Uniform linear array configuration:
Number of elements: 32
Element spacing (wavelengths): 0.75
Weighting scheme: hamming
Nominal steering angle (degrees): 15
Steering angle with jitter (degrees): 14.378
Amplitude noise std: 0.05
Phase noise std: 0.05

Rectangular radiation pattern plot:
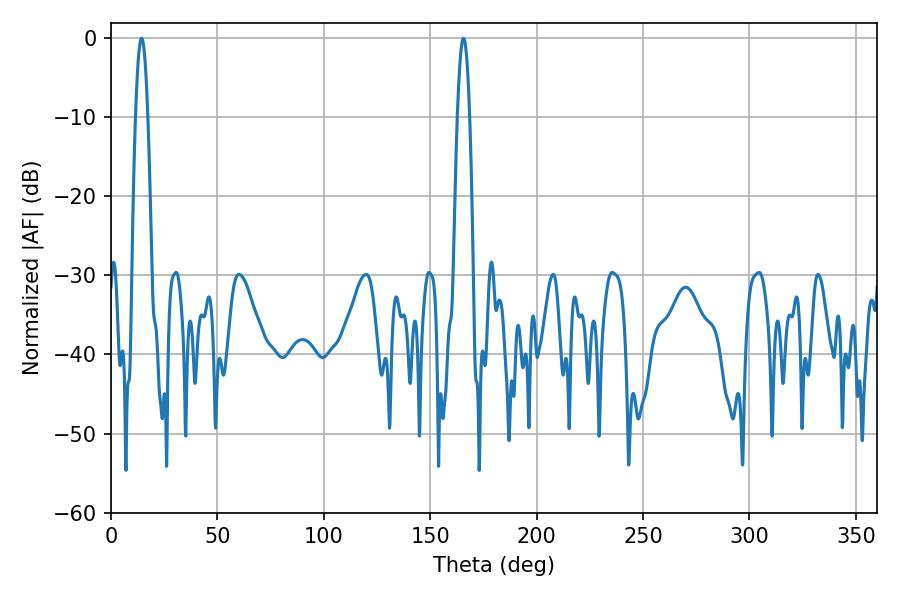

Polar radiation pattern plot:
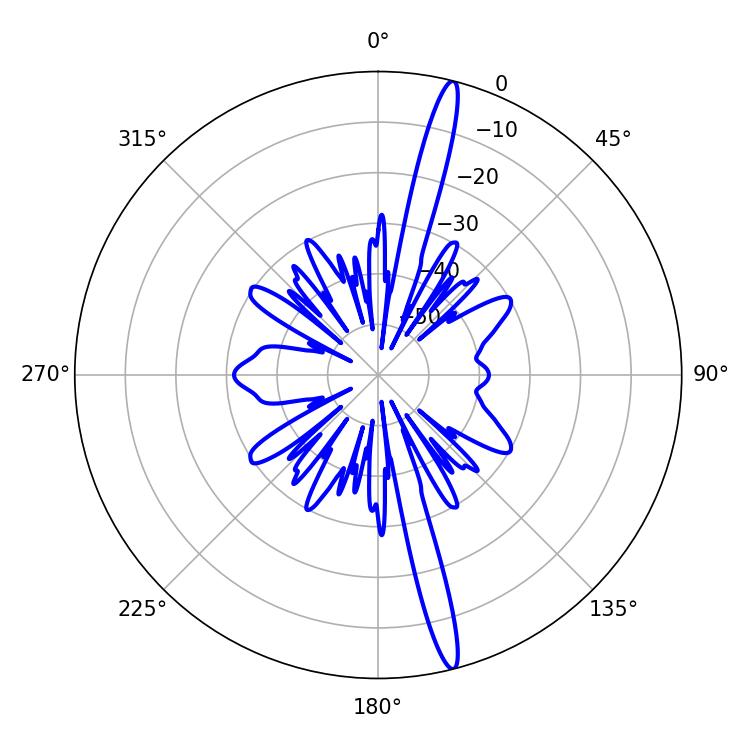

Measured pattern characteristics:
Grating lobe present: TRUE
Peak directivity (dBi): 18.246
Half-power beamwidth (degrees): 3.06
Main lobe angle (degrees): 14.4